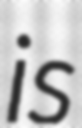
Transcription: is